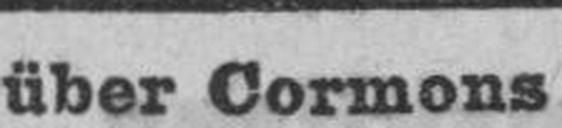
über Cormons